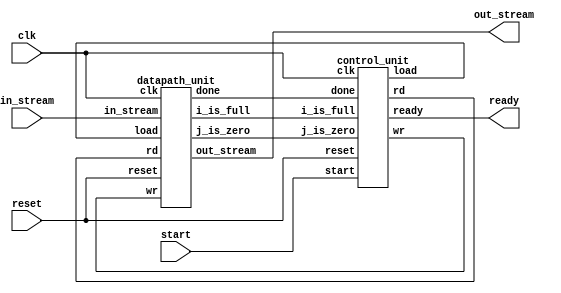
// step 1: design a system that takes an array of 32 bit numbers when the
// start signal is 1 and the system is ready,
// during the operation the ready signal is low
// once all the data is read, it spits out the data to the output port
// once all the data is printed, the ready signal is high again
// reset makes all the data zero.

module simple_ntt #(parameter data_width = 32, max_buffer_length = 4)(
                    output [data_width-1:0] out_stream,
                    output  ready,
                    input [data_width-1:0] in_stream,
                    input start, clk, reset
);

    wire done, load, rd, wr, i_is_full, j_is_zero;
    control_unit control_module_0 (.load(load), .rd(rd), .wr(wr), .ready(ready),
                                    .done(done), .start(start),
                                     .i_is_full(i_is_full),
                                     .j_is_zero(j_is_zero),
                                     .clk(clk), .reset(reset));
    datapath_unit datapath_module_0(.out_stream(out_stream),
                                    .i_is_full(i_is_full),
                                    .j_is_zero(j_is_zero),
                                    .done(done),
                                    .rd(rd), .wr(wr), .load(load),
                                    .in_stream(in_stream),
                                    .clk(clk), .reset(reset));
endmodule

module control_unit(
    output reg  load, rd, wr, ready,
    input done, start,
    input i_is_full, j_is_zero,
    input clk, reset
);
    reg state, next_state;
    parameter s_idle = 0, s_running = 1;
    always @(posedge clk, posedge reset)
        if (reset == 1'b1)
            state <= s_idle;
        else
            state <=next_state;
    always @(state, start, done, i_is_full, j_is_zero) begin
        // default condition
        next_state = s_idle;
        load = 0;
        rd = 0;
        wr = 0;
        ready = 0;
        case(state)
            s_idle: begin
                if (reset == 1'b1) next_state = s_idle;
                else begin
                    ready = 1;
                    if (start == 1'b1) begin
                        if (done == 1'b1) begin
                            next_state = s_idle;
                            end
                        else begin
                            load = 1;
                            next_state = s_running;
                        end
                    end
                    else next_state = s_idle;
                end
            end
            s_running: begin
                if (i_is_full == 1'b1) begin
                    rd = 0;
                    if (j_is_zero == 1'b1) begin
                        wr = 0;
                        next_state = s_idle;
                    end
                    else begin
                        wr = 1;
                        next_state = s_running;
                    end
                end
                else begin
                    rd = 1;
                    next_state = s_running;
                end
            end
            default: next_state = s_idle;
        endcase
    end
endmodule
	
module datapath_unit #(parameter data_width = 32, max_buffer_length = 4)(
    output reg [data_width-1:0] out_stream,
    output done, i_is_full, j_is_zero,
    input rd, wr, load,
    input [data_width-1:0] in_stream,
    input clk, reset
);
    reg [data_width:0] i, j;
    reg [data_width-1:0] buffer[0:max_buffer_length-1];

    assign i_is_full = (i==max_buffer_length);
    assign j_is_zero = (j==0);
    assign done = (i==max_buffer_length) && (j==0);

    always@(posedge clk, posedge reset)
        if (reset == 1'b1) begin
            out_stream <= 0;
            i <=0;
            j <=0;
        end
        else begin
            if (load) begin
                i <= 0;
                j <= max_buffer_length;
            end
            else if(rd) begin
                buffer[i] <= in_stream;
                i <= i+1;
            end
            else if(wr) begin
                out_stream <= buffer[max_buffer_length-j];
                j<=j-1;
            end
        end
endmodule